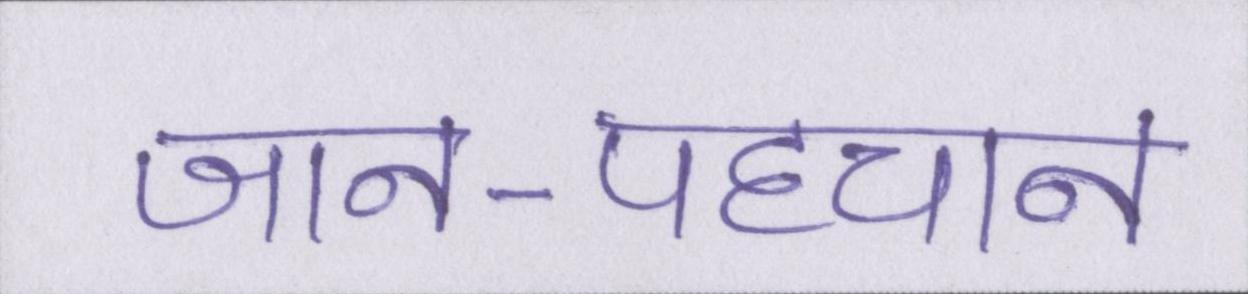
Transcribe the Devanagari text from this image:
जान-पहचान